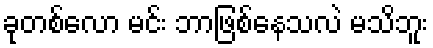
ခုတစ်လော မင်း ဘာဖြစ်နေသလဲ မသိဘူး